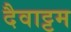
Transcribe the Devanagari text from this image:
दैवाट्टम